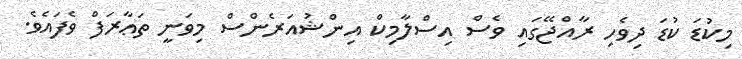
މިކުޑަ ކުޑަ ދިވެހި ރާއްޖޭގައި ވެސް އިސްލާމިކް އިންޝުއަރެންސް މިވަނީ ތަޢާރަފް ވެފައެވެ.